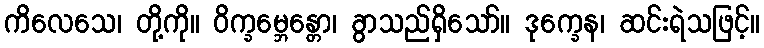
ကိလေသေ၊ တို့ကို။ ဝိက္ခမ္ဘေန္တော၊ ခွာသည်ရှိသော်။ ဒုက္ခေန၊ ဆင်းရဲသဖြင့်။